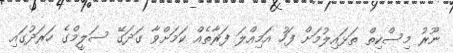
ނޫރު މިސްކިތް ތަޅައިލުމަށް ފަހު އަމިއްލަ ފަރާތެއް ކަމަށްވާ ގަދަގޭ ސަލީމްގެ ހަރަދުގައި